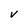
Character: v